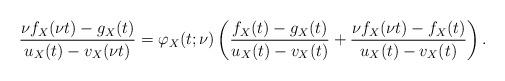
LaTeX: \begin{align*} \frac{\nu f_X(\nu t)-g_X(t)}{u_X(t)-v_X(\nu t)} = \varphi_X(t;\nu) \left( \frac{f_X(t)-g_X(t)}{u_X(t)-v_X(t)} + \frac{\nu f_X(\nu t) -f_X(t)}{u_X(t)-v_X(t)} \right).\end{align*}